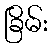
ခြိမ်း